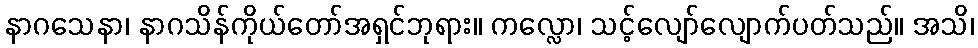
နာဂသေနာ၊ နာဂသိန်ကိုယ်တော်အရှင်ဘုရား။ ကလ္လော၊ သင့်လျော်လျောက်ပတ်သည်။ အသိ၊